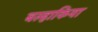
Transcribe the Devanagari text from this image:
बल्हाकिया